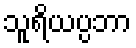
သူရိယပ္ပဘာ